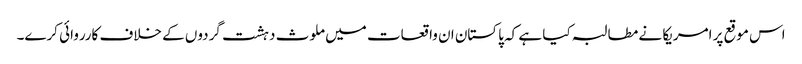
اس موقع پر امریکا نے مطالبہ کیا ہے کہ پاکستان ان واقعات میں ملوث دہشت گردوں کے خلاف کارروائی کرے۔